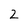
Character: 2